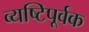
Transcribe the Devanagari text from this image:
व्यष्टिपूर्वक